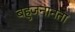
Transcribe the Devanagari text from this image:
बहुजनानता